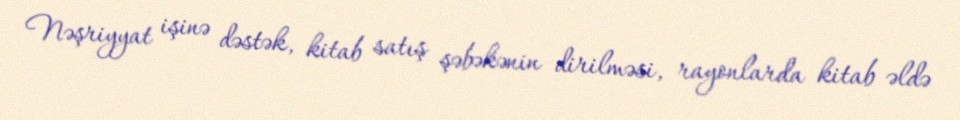
Nəşriyyat işinə dəstək, kitab satış şəbəkənin dirilməsi, rayonlarda kitab əldə